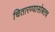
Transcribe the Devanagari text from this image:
चितारण्यासोबतच